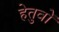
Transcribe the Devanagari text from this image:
हेतुवों